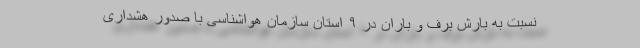
نسبت به بارش برف و باران در ۹ استان سازمان هواشناسی با صدور هشداری